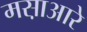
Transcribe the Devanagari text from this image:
मस़ाआरे